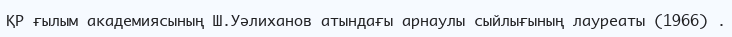
ҚР ғылым академиясының Ш.Уәлиханов атындағы арнаулы сыйлығының лауреаты (1966) .